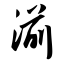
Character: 湔